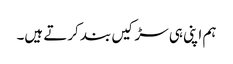
ہم اپنی ہی سڑکیں بند کرتے ہیں۔